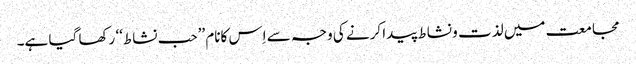
مجامعت میں لذت و نشاط پیدا کرنے کی وجہ سے اِس کانام ’’حب نشاط‘‘ رکھا گیا ہے۔